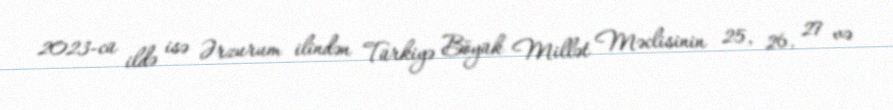
2023-cü ildə isə Ərzurum ilindən Türkiyə Böyük Millət Məclisinin 25, 26, 27 və